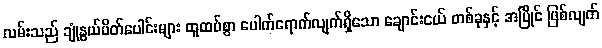
လမ်းသည် ချုံနွယ်ပိတ်ပေါင်းများ ထူထပ်စွာ ပေါက်ရောက်လျက်ရှိသော ချောင်းငယ် တစ်ခုနှင့် အပြိုင် ဖြစ်လျက်